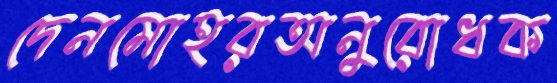
দেনমোহরঅনুরোধক